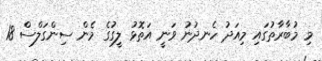
މި މުބާރާތުގައި މިއަދު ހެނދުނު ވަނީ އަތޮޅު ލީގުގެ މެން ސިންގަލްސް 18